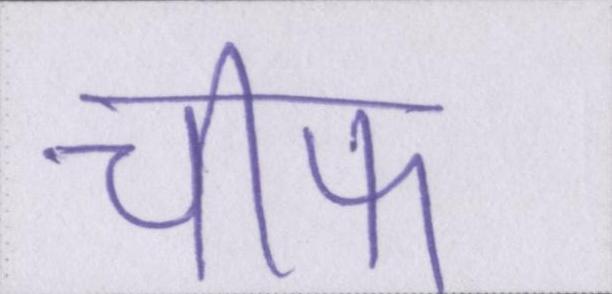
चीफ